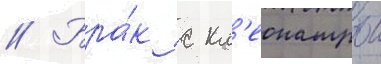
// Бра́к с кл'еопатрои